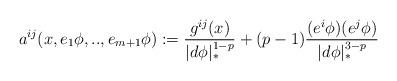
LaTeX: \begin{align*}a^{ij}(x,e_{1}\phi ,..,e_{m+1}\phi ):=\frac{g^{ij}(x)}{|d\phi |_{\ast }^{1-p}}+(p-1)\frac{(e^{i}\phi )(e^{j}\phi )}{|d\phi |_{\ast }^{3-p}} \end{align*}